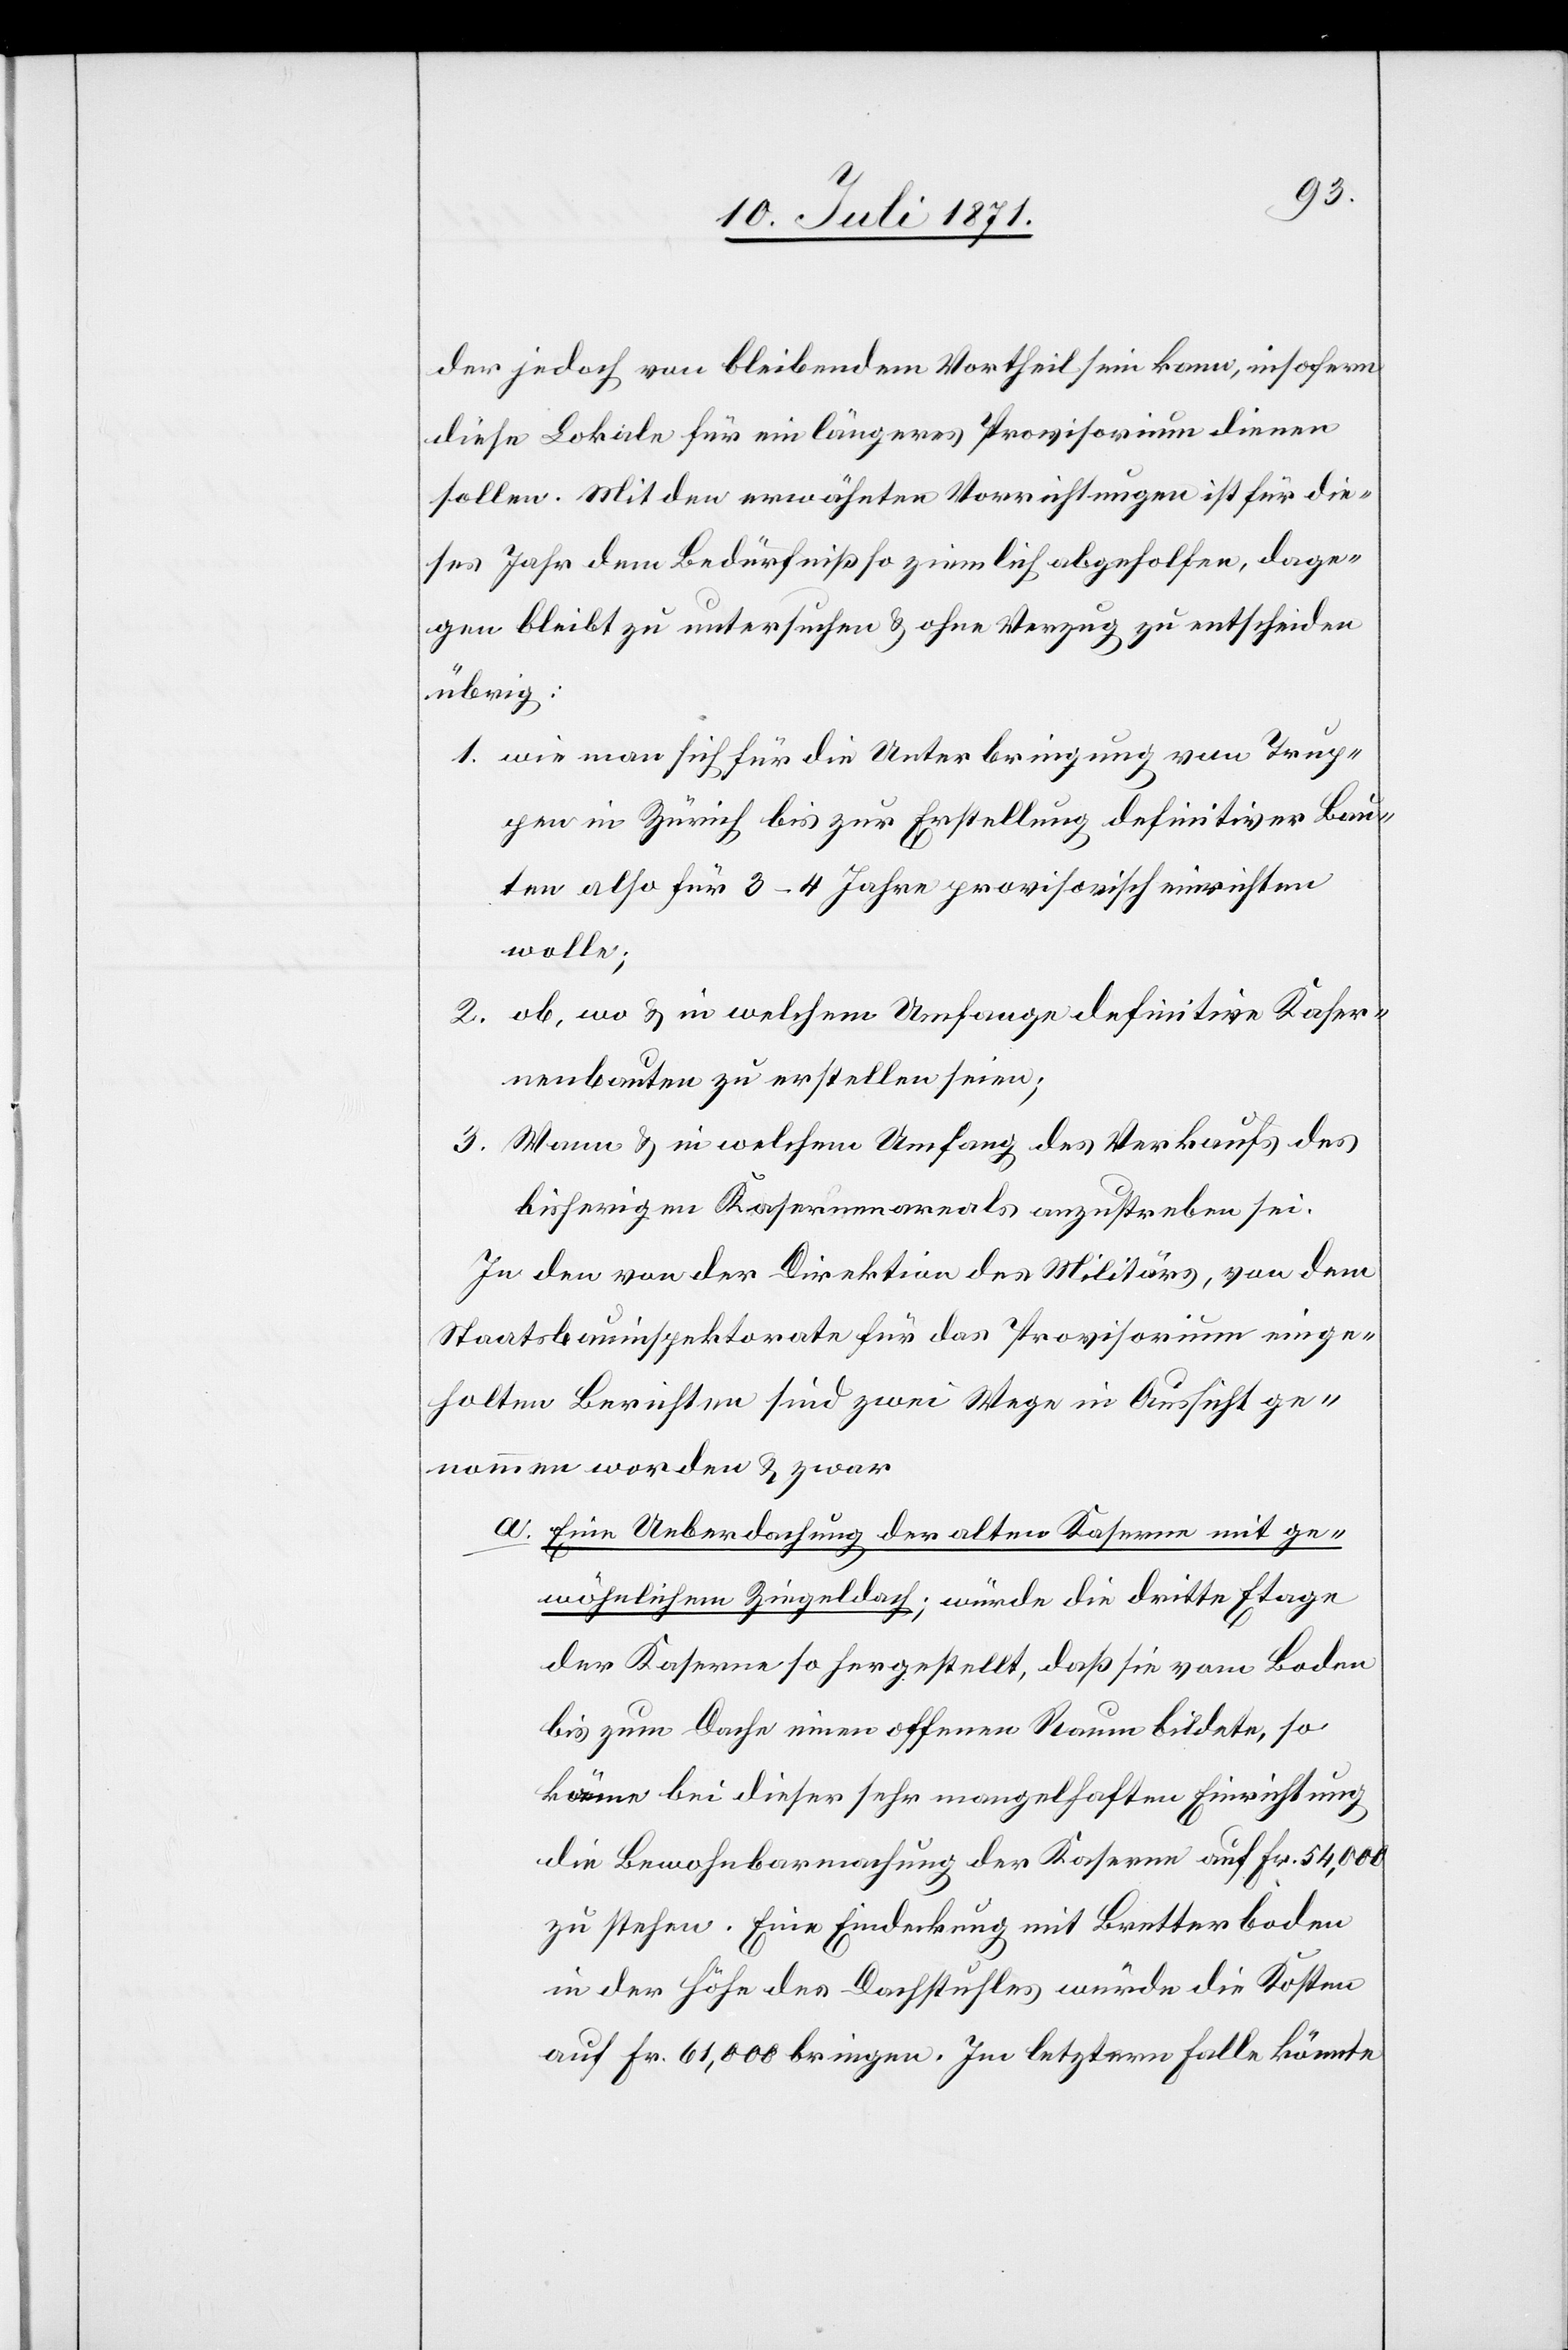
jedoch von bleibendem Vortheil sein kann, insofern
diese Lokale für ein längeres Provisorium dienen
sollen. Mit den erwähnten Vorrichtungen ist für die¬
ses Jahr dem Bedürfniß so ziemlich abgeholfen, dage¬
gen bleibt zu untersuchen u. ohne Verzug zu entscheiden
übrig:
wie man sich für die Unterbringung von Trup¬
pen in Zürich bis zur Erstellung definitiver Bau¬
ten also für 3–4 Jahre provisorisch einrichten
wolle;
ob, wo u. in welchem Umfange definitive Kaser¬
nenbauten zu erstellen seien;
Wann u. in welchem Umfang des Verkaufs des
bisherigen Kasernenareals anzustreben sei.
In den von der Direktion des Militärs, von dem
Staatsbauinspektorate für das Provisorium einge¬
holten Berichten sind zwei Wege in Aussicht ge¬
nommen worden u. zwar
Eine Ueberdachung der alten Kaserne mit ge¬
wöhnlichem Ziegeldach; würde die dritte Etage
der Kaserne so hergestellt, daß sie vom Boden
bis zum Dache einen offenen Raum bildete, so
käme bei dieser sehr mangelhaften Einrichtung
die Bewohnbarmachung der Kaserne auf Fr. 54,000
zu stehen. Eine Eindeckung mit Bretterboden
in der Höhe des Dachstuhles würde die Kosten
auf Fr. 61,000 bringen. Im letztern Falle könnte